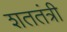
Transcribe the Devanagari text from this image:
शततंत्री